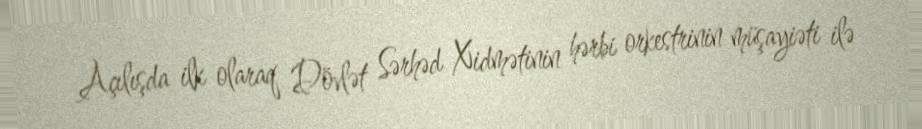
Açılışda ilk olaraq Dövlət Sərhəd Xidmətinin hərbi orkestrinin müşayiəti ilə